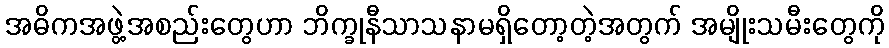
အဓိကအဖွဲ့အစည်းတွေဟာ ဘိက္ခုနီသာသနာမရှိတော့တဲ့အတွက် အမျိုးသမီးတွေကို